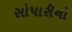
સોપારીનો